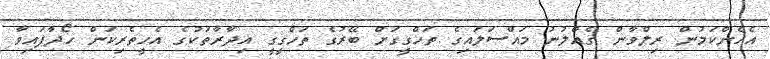
އެހެންކަމުން ރިލްވާން ގެއްލުނު މައްސަލައިގެ ތަހްގީގަށް ބޭރުގެ ތަހްގީގީ އިދާރާތަކުގެ އެހީތެރިކަން ހޯދާފައިވާ